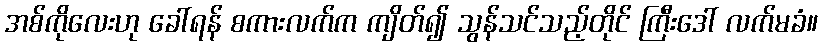
အစ်ကိုလေးဟု ခေါ်ရန် စကားလက်က ကျိတ်၍ သွန်သင်သည့်တိုင် ကြီးဒေါ် လက်မခံ။